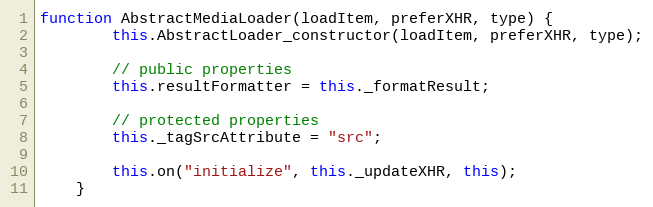
Language: JavaScript
function AbstractMediaLoader(loadItem, preferXHR, type) {
		this.AbstractLoader_constructor(loadItem, preferXHR, type);

		// public properties
		this.resultFormatter = this._formatResult;

		// protected properties
		this._tagSrcAttribute = "src";

        this.on("initialize", this._updateXHR, this);
	}